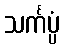
သင်္ကပ္ပံ